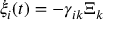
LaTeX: { \dot { \xi } } _ { i } ( t ) = - \gamma _ { i k } \Xi _ { k }